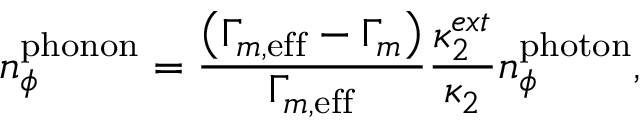
n _ { \phi } ^ { \mathrm { p h o n o n } } = \frac { \left( \Gamma _ { m , \mathrm { e f f } } - \Gamma _ { m } \right) } { \Gamma _ { m , \mathrm { e f f } } } \frac { \kappa _ { 2 } ^ { e x t } } { \kappa _ { 2 } } n _ { \phi } ^ { \mathrm { p h o t o n } } ,